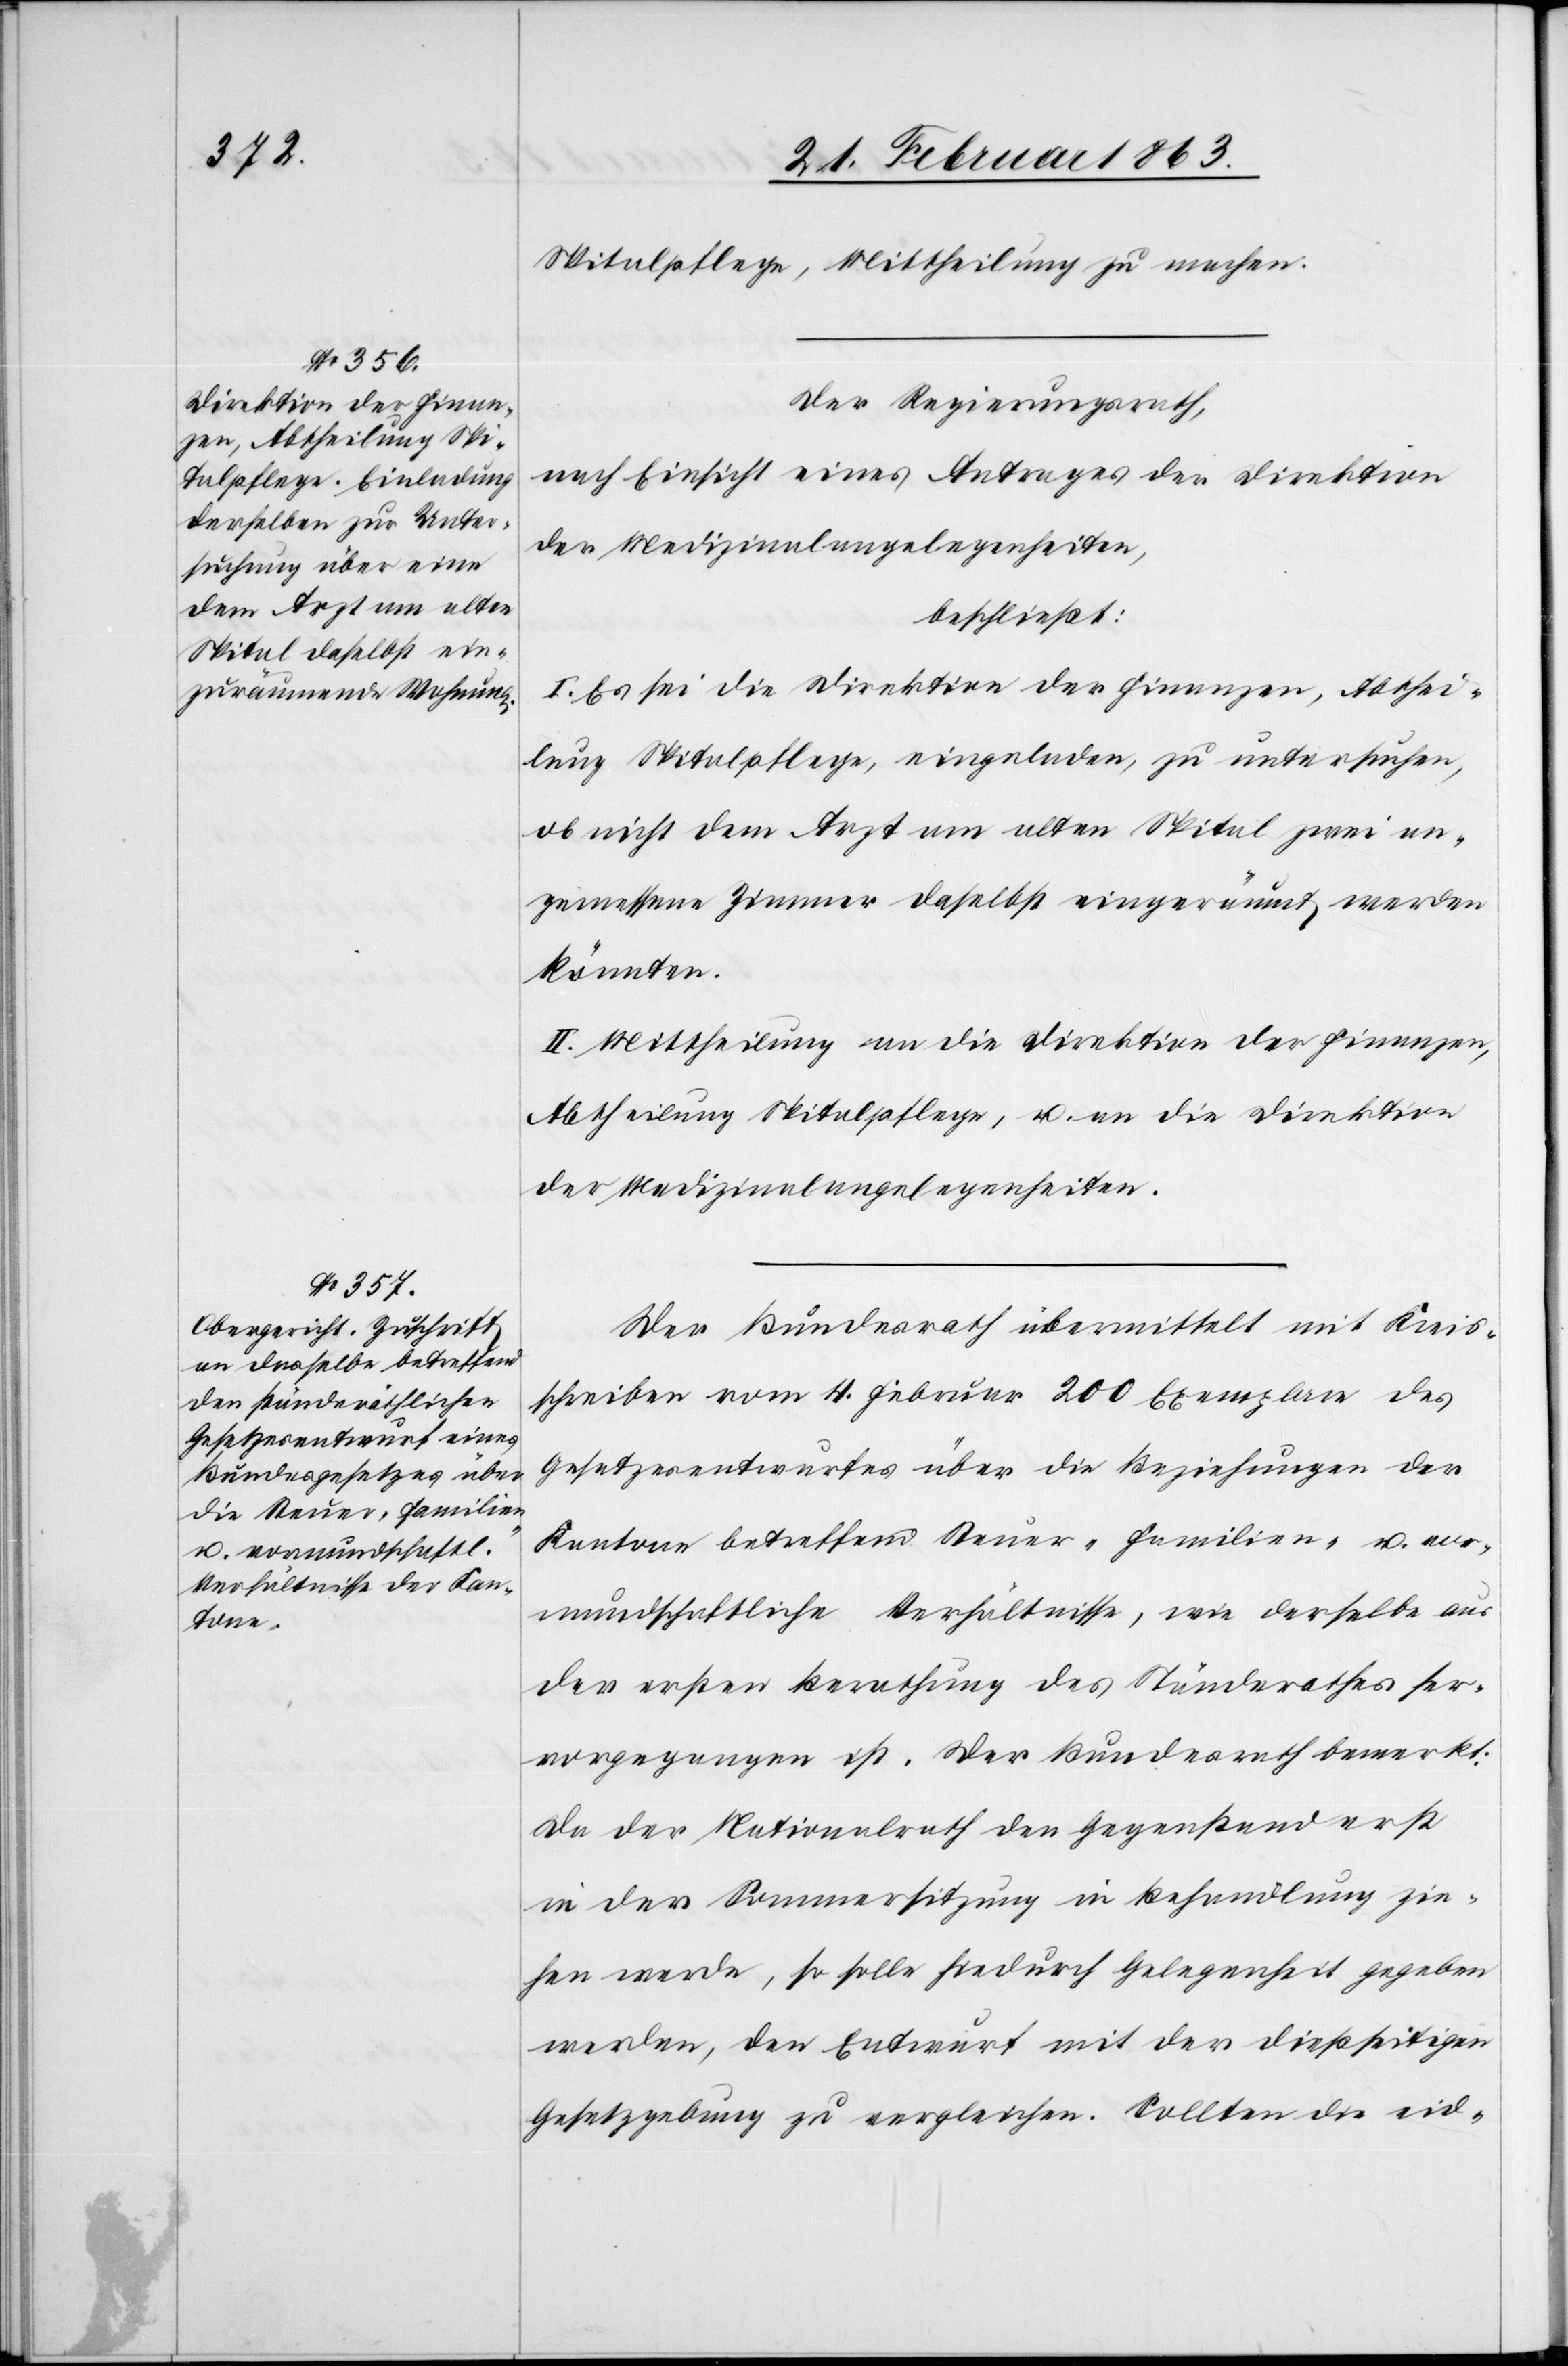
Spitalpflege, Mittheilung zu machen.
Der Regierungsrath,
nach Einsicht eines Antrages der Direktion
der Medizinalangelegenheiten,
beschließt:
I. Es sei die Direktion der Finanzen, Abthei¬
lung Spitalpflege, eingeladen, zu untersuchen,
ob nicht dem Arzt am alten Spital zwei an¬
gemessene Zimmer daselbst eingeräumt werden
könnten.
II. Mittheilung an die Direktion der Finanzen,
Abtheilung Spitalpflege, u. an die Direktion
der Medizinalangelegenheiten.
Der Bundesrath übermittelt mit Kreis¬
schreiben vom 4. Februar 200 Exemplare des
Gesetzesentwurfes über die Beziehungen der
Kantone betreffend Steuer-[,] Familien- u. vor¬
mundschaftliche Verhältnisse, wie derselbe aus
der ersten Berathung des Ständerathes her¬
vorgegangen ist. Der Bundesrath bemerkt:
Da der Nationalrath den Gegenstand erst
in der Sommersitzung in Behandlung zie¬
hen werde, so solle hiedurch Gelegenheit gegeben
werden, den Entwurf mit der dießseitigen
Gesetzgebung zu vergleichen. Sollten die eid-